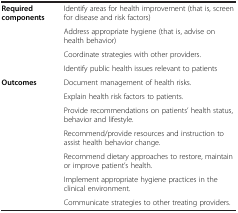
|  |  |
 | --- | --- |
 | Required components | Identify areas for health improvement (that is, screen for disease and risk factors) |
 |  | Address appropriate hygiene (that is, advise on health behavior) |
 |  | Coordinate strategies with other providers. |
 |  | Identify public health issues relevant to patients |
 | Outcomes | Document management of health risks. |
 |  | Explain health risk factors to patients. |
 |  | Provide recommendations on patients’ health status, behavior and lifestyle. |
 |  | Recommend/provide resources and instruction to assist health behavior change. |
 |  | Recommend dietary approaches to restore, maintain or improve patient’s health. |
 |  | Implement appropriate hygiene practices in the clinical environment. |
 |  | Communicate strategies to other treating providers. |